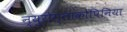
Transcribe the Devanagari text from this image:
न्युरोग्लाकोपिनिया